Lunatic asylums Madras 1877-1891 - 1877-1891
Year: 1877
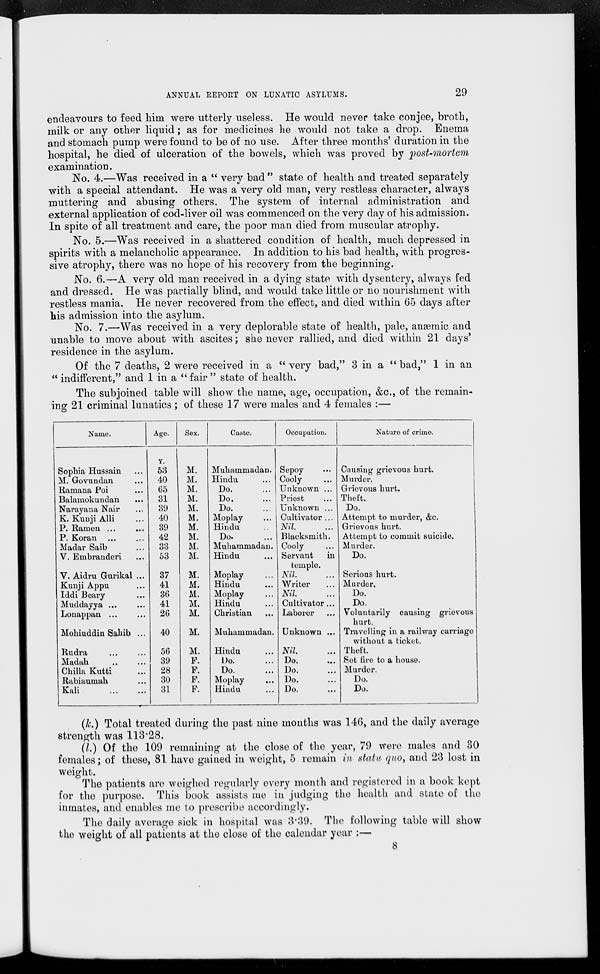
ANNUAL REPORT ON LUNATIC ASYLUMS.
29
endeavours to feed him were utterly useless. He would never take conjee, broth,
milk or any other liquid; as for medicines he would not take a drop. Enema
and stomach pump were found to be of no use. After three months' duration in the
hospital, he died of ulceration of the bowels, which was proved by post-mortem
examination.
No. 4.—Was received in a " very bad " state of health and treated separately
with a special attendant. He was a very old man, very restless character, always
muttering and abusing others. The system of internal administration and
external application of cod-liver oil was commenced on the very day of his admission.
In spite of all treatment and care, the poor man died from muscular atrophy.
No. 5.—Was received in a shattered condition of health, much depressed in
spirits with a melancholic appearance. In addition to his bad health, with progres-
sive atrophy, there was no hope of his recovery from the beginning.
No. 6.—A very old man received in a dying state with dysentery, always fed
and dressed. He was partially blind, and would take little or no nourishment with
restless mania. He never recovered from the effect, and died within 65 days after
his admission into the asylum.
No. 7.—Was received in a very deplorable state of health, pale, anæmic and
unable to move about with ascites; she never rallied, and died within 21 days'
residence in the asylum.
Of the 7 deaths, 2 were received in a " very bad," 3 in a " bad," 1 in an
" indifferent," and 1 in a "fair" state of health.
The subjoined table will show the name, age, occupation, &c, of the remain-
ing 21 criminal lunatics ; of these 17 were males and 4 females :—
Name.
Sophia Hussain ...
M. Govundan ...
Ramana Poi ...
Balamokundan ...
Narayana Nair ...
K. Kunji Alli
P. Ramen ... ...
P. Koran
...
...
Madar Saib ...
V. Embranderi ...
V. Aidru Gurikal ...
Kunji Appu ...
Iddi Beary ...
Muddayya
...
...
Lonappan
...
...
Mohiuddin Sahib ...
Rudra
Madah
Chilia Kutti
Rabiaumah ...
Kali
Age.
Y.
53
40
65
31
39
40
39
42
33
53
37
41
36
41
26
40
56
39
28
30
31
Sex.
M.
M.
M.
M.
M.
M.
M.
M.
M.
M.
M.
M.
M.
M.
M.
M.
M.
F.
F.
F.
F.
Caste.
Muhammadan.
Hindu
Do.
Do.
Do.
Moplay ...
Hindu
Do.
Muhammadan.
Hindu
Moplay ...
Hindu
Moplay ...
Hindu
Christian
...
Muhammadan.
Hindu
Do.
Do.
Moplay ...
Hindu
Occupation.
Sepoy ...
Cooly ...
Unknown ...
Priest ...
Unknown ...
Cultivator ...
Nil. ...
Blacksmith.
Cooly ...
Servant
in
temple.
Nil. ...
Writer ...
Nil. ...
Cultivator...
Laborer ...
Unknown ...
Nil. ...
Do. ...
Do. ...
Do. ...
Do. ...
Nature of crime.
Causing grievous hurt.
Murder.
Grievous hurt.
Theft.
Do.
Attempt to murder, &c.
Grievous hurt.
Attempt to commit suicide.
Murder.
Do.
Serious hurt.
Murder.
Do.
Do.
Voluntarily causing grievous
hurt.
Travelling in a railway carriage
without a ticket.
Theft.
Set fire to a house.
Murder.
Do.
Do.
(k.) Total treated during the past nine months was 146, and the daily average
strength was 113.28.
(l.) Of the 109 remaining at the close of the year, 79 were males and 30
females; of these, 81 have gained in weight, 5 remain in statu quo, and 23 lost in
weight.
The patients are weighed regularly every month and registered in a book kept
for the purpose. This book assists me in judging the health and state of the
inmates, and enables me to prescribe accordingly.
The daily average sick in hospital was 3.39. The following table will show
the weight of all patients at the close of the calendar year :—
8